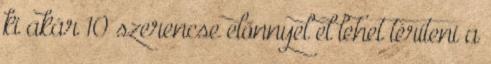
ki akár 10 szerencse előnnyel el lehet téríteni a